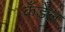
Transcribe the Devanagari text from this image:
कँडेल